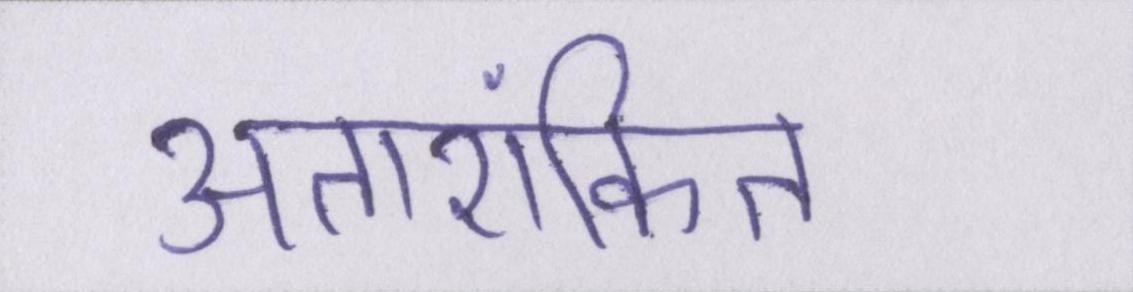
अतारांकित